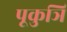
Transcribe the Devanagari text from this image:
पूकुञि